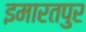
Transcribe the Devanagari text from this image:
इमारतपुर